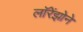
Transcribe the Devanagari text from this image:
लॉरेंझोने